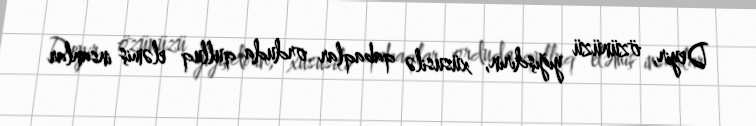
Deyir, özünüzü yığışdırın, xüsusilə qabaqlar orduda qulluq eləmiş insanlar